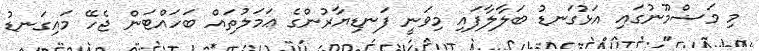
މި މަޟްމޫނުގައި އަޅުގަނޑު ބަލާލާފައި މިވަނީ ފަނޑިޔާރުންގެ ޢަމަލުތައް ބަހައްޓަން ޖެހޭ މައިގަނޑު